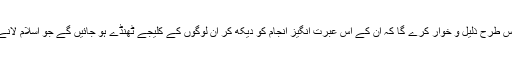
فرمایا کہ اللہ تعالیٰ تمھارے ہاتھوں ان سنگ دلوں کو اس طرح ذلیل و خوار کرے گا کہ ان کے اس عبرت انگیز انجام کو دیکھ کر ان لوگوں کے کلیجے ٹھنڈے ہو جائیں گے جو اسلام لانے کے جرم میں ان اشقیاء کے ہاتھوں ستائے گئے تھے۔